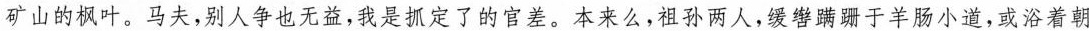
矿山的枫叶。马夫,别人争也无益，我是抓定了的官差。本来么-祖孙两人，缓跚于羊肠小道，或浴着朝